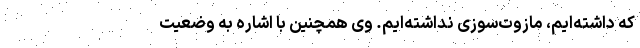
که داشته‌ایم، مازوت‌سوزی نداشته‌‌ایم. وی همچنین با اشاره به وضعیت